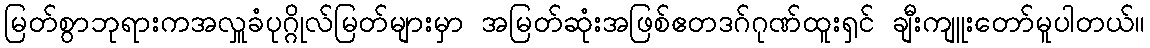
မြတ်စွာဘုရားကအလှူခံပုဂ္ဂိုလ်မြတ်များမှာ အမြတ်ဆုံးအဖြစ်ဧတဒဂ်ဂုဏ်ထူးရှင် ချီးကျူးတော်မူပါတယ်။